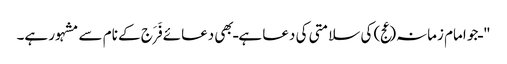
" ـ جو امام زمانہ(عج) کی سلامتی کی دعا ہے ـ بھی دعائے فَرَج کے نام سے مشہور ہے۔